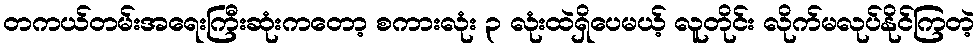
တကယ်တမ်းအရေးကြီးဆုံးကတော့ စကားလုံး ၃ လုံးထဲရှိပေမယ့် လူတိုင်း လိုက်မလုပ်နိုင်ကြတဲ့